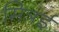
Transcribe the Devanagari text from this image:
मित्रई